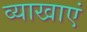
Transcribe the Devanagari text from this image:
व्याखाएं